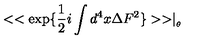
< < \exp \{ \frac { 1 } { 2 } i \int d ^ { 4 } x \Delta F ^ { 2 } \} > > \mid _ { _ { \theta } }